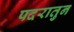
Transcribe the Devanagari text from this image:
पदरातुन